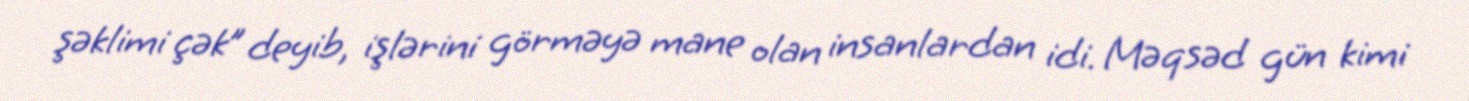
şəklimi çək” deyib, işlərini görməyə mane olan insanlardan idi. Məqsəd gün kimi